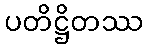
ပတိဋ္ဌိတဿ